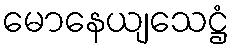
မောနေယျသေဋ္ဌံ